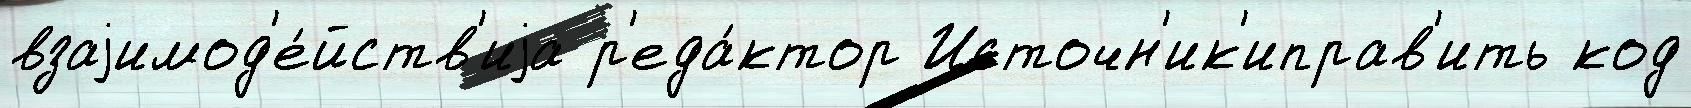
взаjимод'е́йств'иjа р'еда́ктор Источн'ик'иправ'ить код